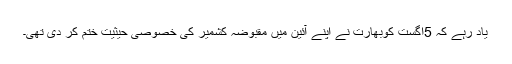
یاد رہے کہ 5اگست کوبھارت نے اپنے آئین میں مقبوضہ کشمیر کی خصوصی حیثیت ختم کر دی تھی۔